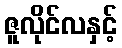
ဇူလိုင်လနှင့်